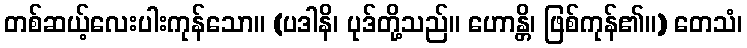
တစ်ဆယ့်လေးပါးကုန်သော။ (ပဒါနိ၊ ပုဒ်တို့သည်။ ဟောန္တိ၊ ဖြစ်ကုန်၏။) တေသံ၊